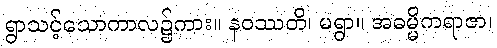
ရွာသင့်သောကာလ၌ကား။ နဝဿတိ၊ မရွာ။ အဓမ္မိကရာဇာ၊